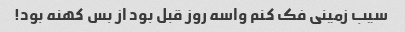
سیب زمینی فک کنم واسه روز قبل بود از بس کهنه بود!